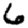
Digit: 6